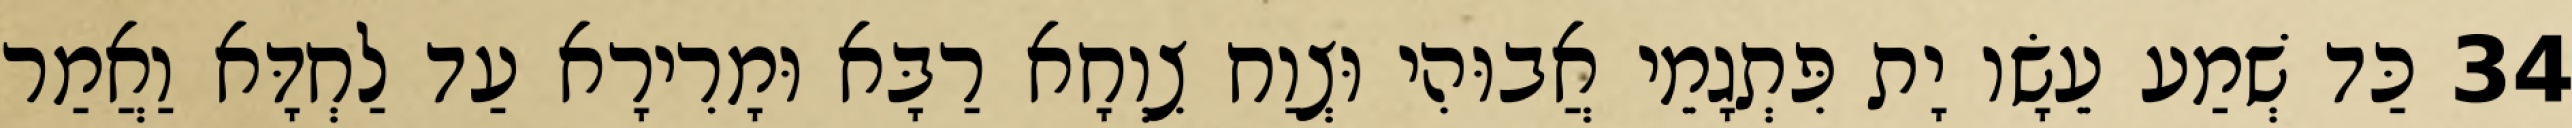
34 כַּד שְׁמַע עֵשָׂו יָת פִּתְגָמֵי אֲבוּהִי וּצְוַח צִוְחָא רַבָּא וּמָרִירָא עַד לַחְדָּא וַאֲמַר